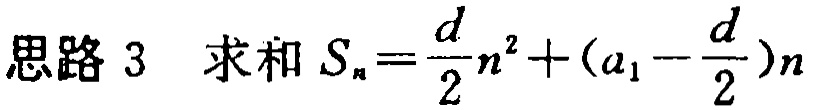
思路 3 求和 \(S_{n}=\frac{d}{2}n^{2}+(a_{1}-\frac{d}{2})n\)